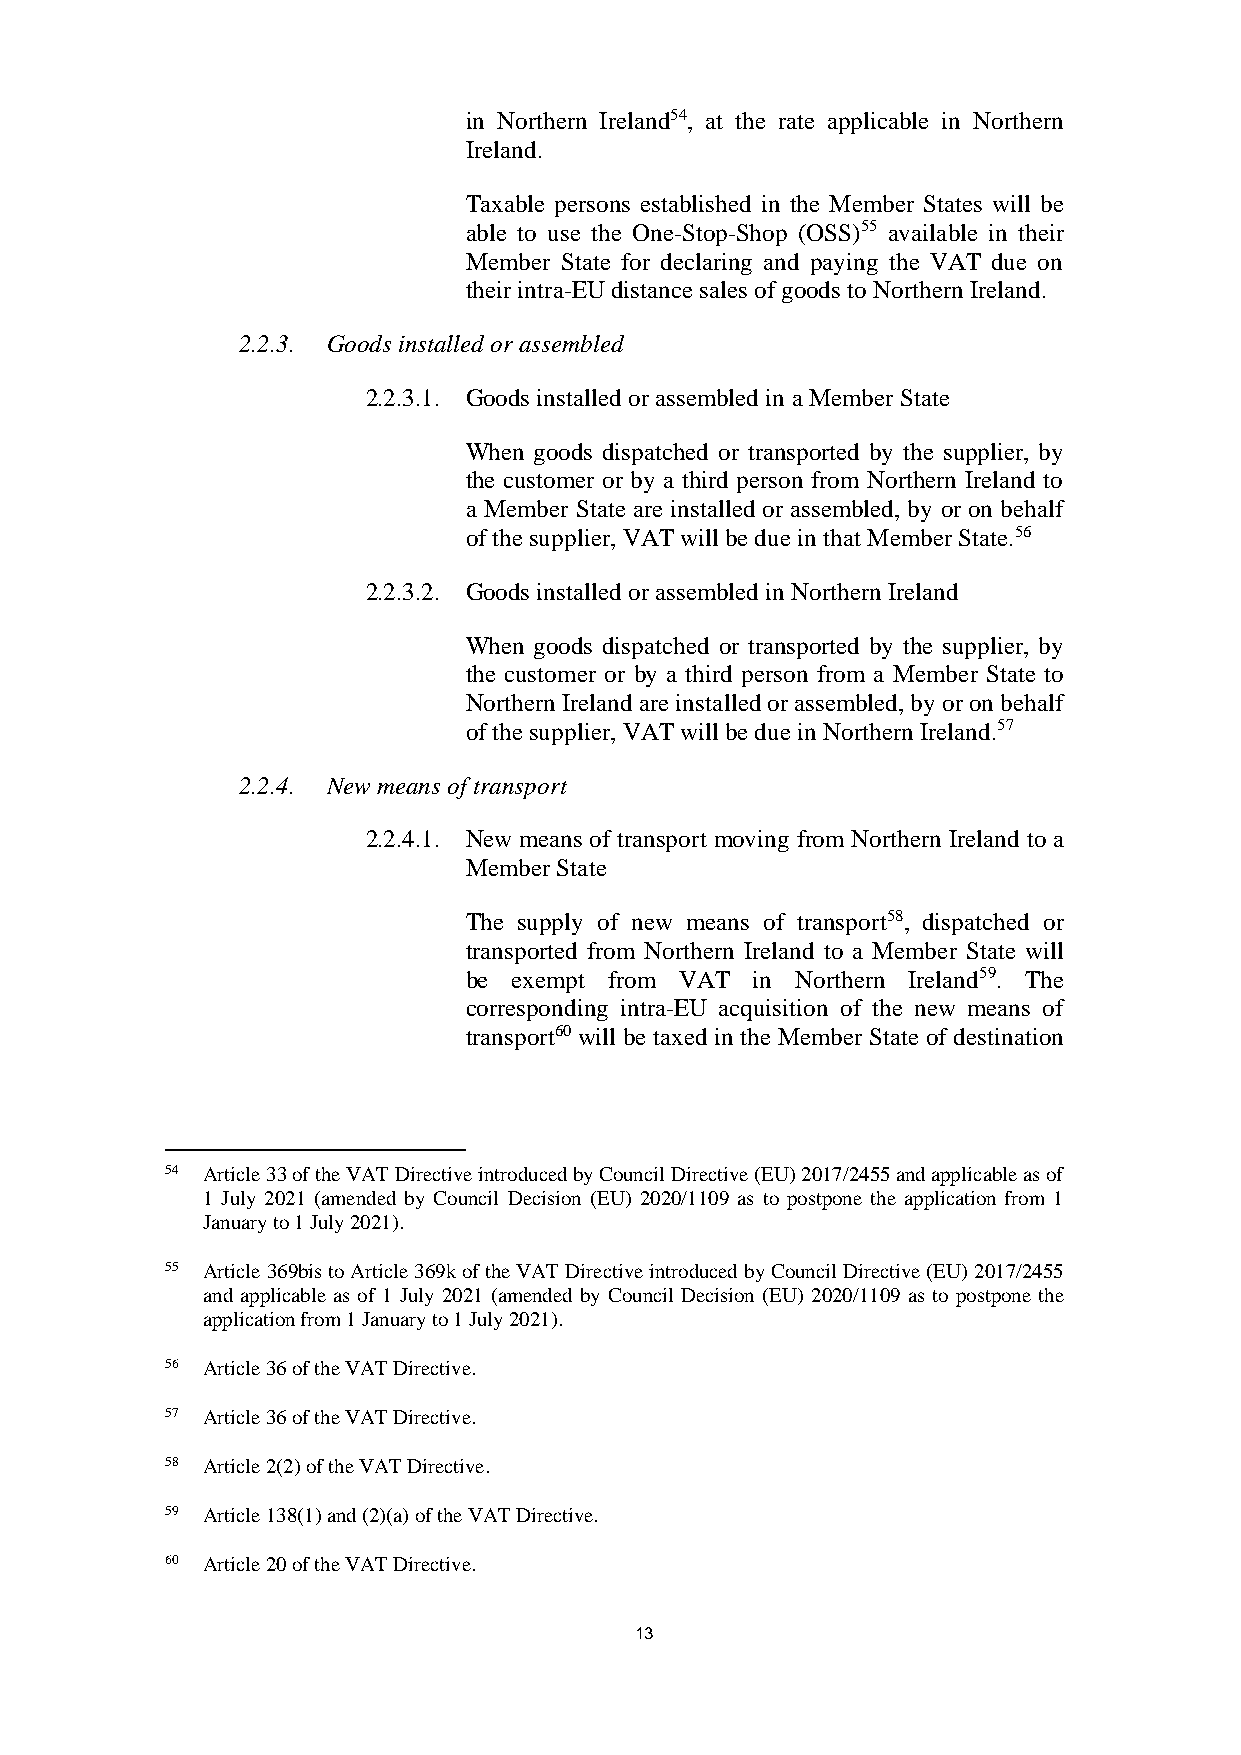
in Northern Ireland54, at the rate applicable in Northern
 Ireland.
 Taxable persons established in the Member States will be
 able to use the One-Stop-Shop (OSS)55 available in their
 Member State for declaring and paying the VAT due on
 their intra-EU distance sales of goods to Northern Ireland.
 2.2.3. Goods installed or assembled
 2.2.3.1. Goods installed or assembled in a Member State
 When goods dispatched or transported by the supplier, by
 the customer or by a third person from Northern Ireland to
 a Member State are installed or assembled, by or on behalf
 of the supplier, VAT will be due in that Member State.56
 2.2.3.2. Goods installed or assembled in Northern Ireland
 When goods dispatched or transported by the supplier, by
 the customer or by a third person from a Member State to
 Northern Ireland are installed or assembled, by or on behalf
 of the supplier, VAT will be due in Northern Ireland.57
 2.2.4. New means of transport
 2.2.4.1. New means of transport moving from Northern Ireland to a
 Member State
 The supply of new means of transport58, dispatched or
 transported from Northern Ireland to a Member State will
 be exempt from VAT in Northern Ireland59. The
 corresponding intra-EU acquisition of the new means of
 transport60 will be taxed in the Member State of destination
 54 Article 33 of the VAT Directive introduced by Council Directive (EU) 2017/2455 and applicable as of
 1 July 2021 (amended by Council Decision (EU) 2020/1109 as to postpone the application from 1
 January to 1 July 2021).
 55 Article 369bis to Article 369k of the VAT Directive introduced by Council Directive (EU) 2017/2455
 and applicable as of 1 July 2021 (amended by Council Decision (EU) 2020/1109 as to postpone the
 application from 1 January to 1 July 2021).
 56 Article 36 of the VAT Directive.
 57 Article 36 of the VAT Directive.
 58 Article 2(2) of the VAT Directive.
 59 Article 138(1) and (2)(a) of the VAT Directive.
 60 Article 20 of the VAT Directive.
 13